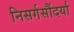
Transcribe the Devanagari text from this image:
निसर्गसौंदर्या